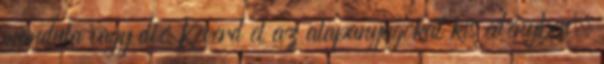
mandula vagy dió Keverd el az alapanyagokat kis edényben.